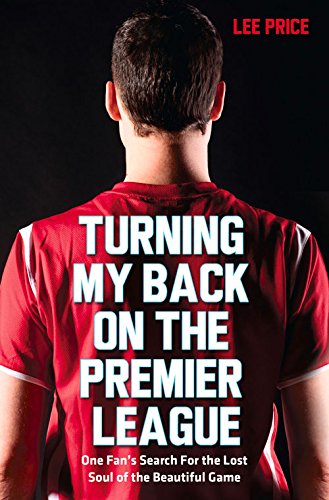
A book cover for Turning My Back On the Premier League; Lee Price; Biographies & Memoirs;